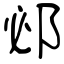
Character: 邲